Civil Veterinary Dept. Assam report 1911-1927 - 1911-1927
Year: 1911
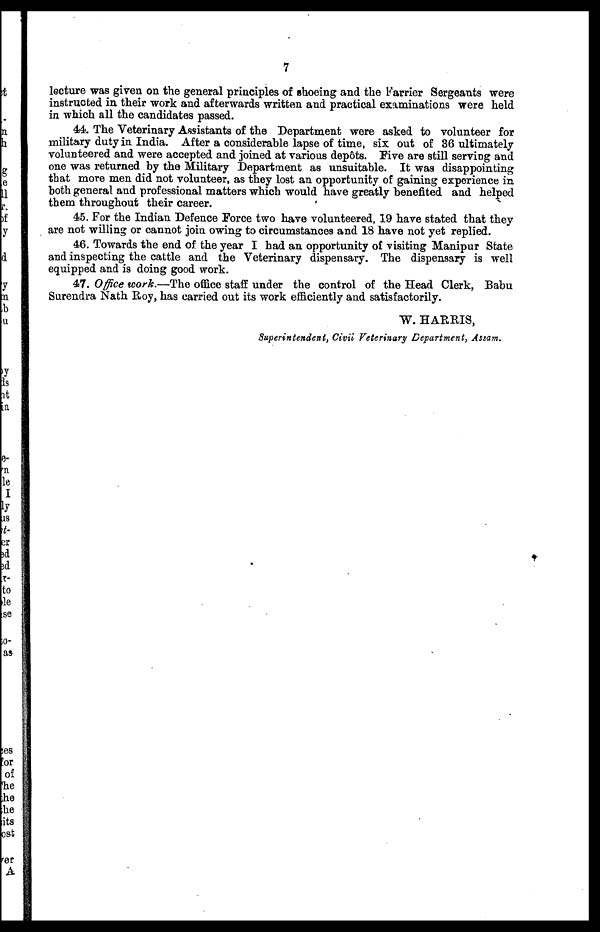
7
lecture was given on the general principles of shoeing and the Farrier Sergeants were
instructed in their work and afterwards written and practical examinations were held
in which all the candidates passed.
44. The Veterinary Assistants of the Department were asked to volunteer for
military duty in India. After a considerable lapse of time, six out of 36 ultimately
volunteered and were accepted and joined at various dep6ts. Five are still serving and
one was returned by the Military Department as unsuitable. It was disappointing
that more men did not volunteer, as they lost an opportunity of gaining experience in
both general and professional matters which would have greatly benefited and helped
them throughout their career.
45. For the Indian Defence Force two have volunteered, 19 have stated that they
are not willing or cannot join owing to circumstances and 18 have not yet replied.
46. Towards the end of the year I had an opportunity of visiting Manipur State
and inspecting the cattle and the Veterinary dispensary. The dispensary is well
equipped and is doing good work.
47. Office work.—The office staff under the control of the Head Clerk, Babu
Surendra Nath Roy, has carried out its work efficiently and satisfactorily.
W. HARRIS,
Superintendent, Civil Veterinary Department, Assam.